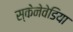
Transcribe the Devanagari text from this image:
स्केनेवेडिया